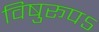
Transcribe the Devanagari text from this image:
विषुरूपऽ